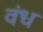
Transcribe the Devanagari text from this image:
वंध